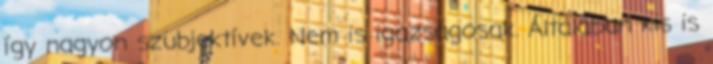
így nagyon szubjektívek. Nem is igazságosak. Általában kis is